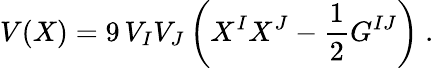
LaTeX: V(X)=9\, V_{I}V_{J}\left(X^{I}X^{J}-{\frac{1}{2}}G^{IJ}\right)\ .